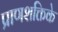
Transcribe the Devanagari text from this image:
प्राणशक्तिके